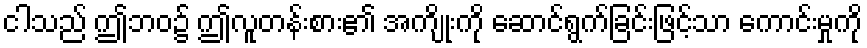
ငါသည် ဤဘဝ၌ ဤလူတန်းစား၏ အကျိုးကို ဆောင်ရွက်ခြင်းဖြင့်သာ ကောင်းမှုကို